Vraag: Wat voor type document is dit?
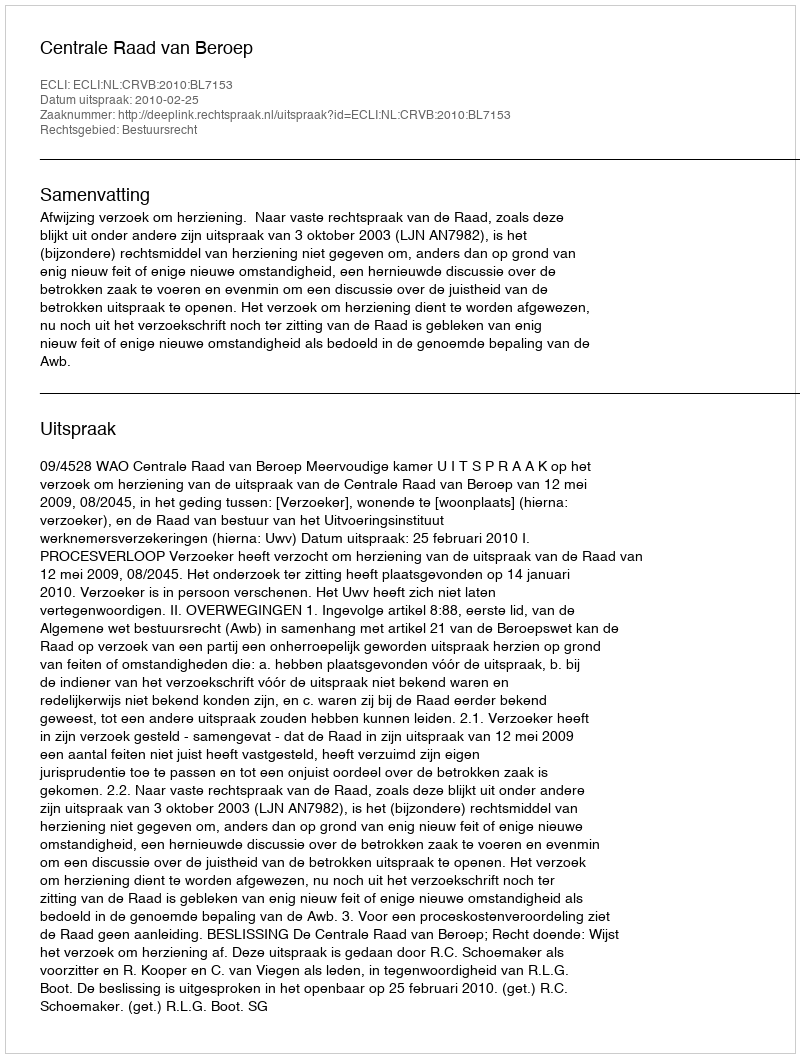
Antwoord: Uitspraak